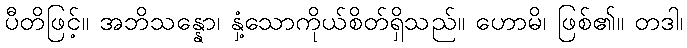
ပီတိဖြင့်။ အဘိသန္နော၊ နှံ့သောကိုယ်စိတ်ရှိသည်။ ဟောမိ၊ ဖြစ်၏။ တဒါ၊